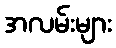
အလမ်းများ